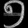
Digit: ၅